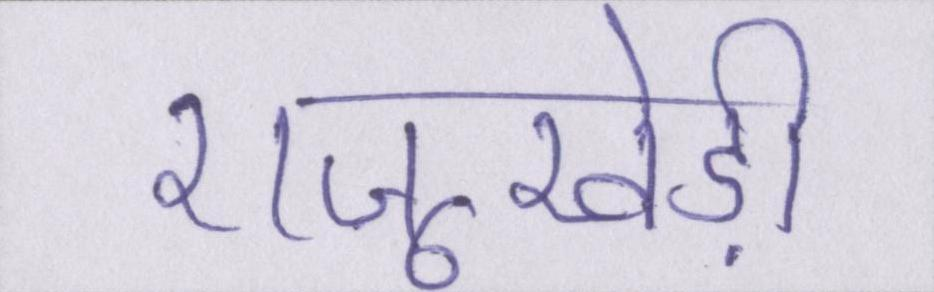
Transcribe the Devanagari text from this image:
राजूखेड़ी